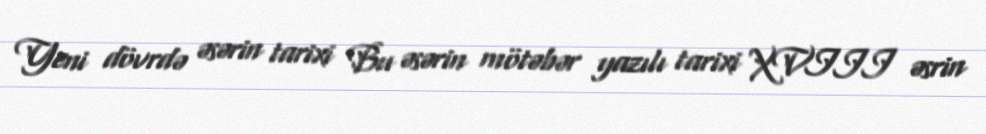
Yeni dövrdə əsərin tarixi Bu əsərin mötəbər yazılı tarixi XVIII əsrin